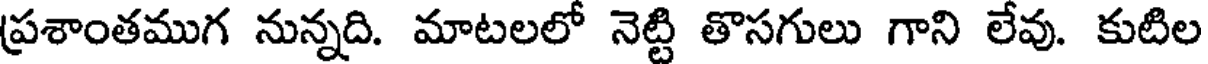
ప్రశాంతముగ నున్నది. మాటలలో నెట్టి తొసగులు గాని లేవు. కుటిల